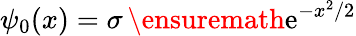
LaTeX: \psi_{0}(x)=\sigma\, \ensuremath{\mathrm{e}}^{-x^{2}/2}